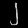
Digit: ၂